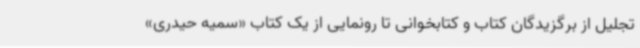
تجلیل از برگزیدگان کتاب و کتابخوانی تا رونمایی از یک کتاب «سمیه حیدری»